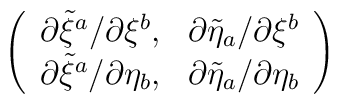
\left( \begin{array}{cc} \partial\tilde{\xi}^a /\partial\xi^b, & \partial\tilde{\eta}_a /\partial\xi^b\\ \partial\tilde{\xi}^a /\partial\eta_b, & \partial\tilde{\eta}_a /\partial\eta_b \end{array} \right)